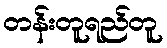
တန်းတူရည်တူ